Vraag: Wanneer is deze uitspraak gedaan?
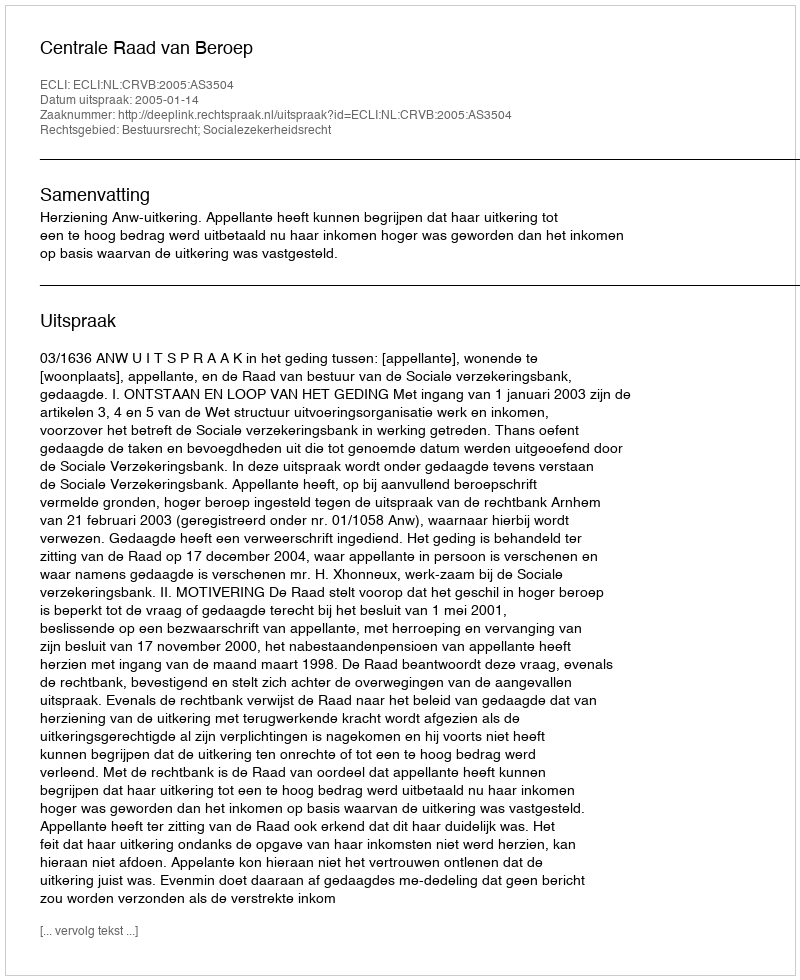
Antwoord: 2005-01-14